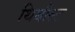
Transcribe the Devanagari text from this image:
थिबौल्ट